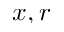
x , r